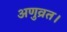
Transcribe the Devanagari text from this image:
अणुव्रत।